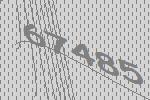
67485